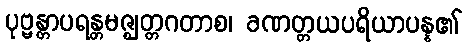
ပုဗ္ဗန္တာပရန္တမဇ္ဈတ္တဂတာစ၊ ခဏတ္တယပရိယာပန္န၏